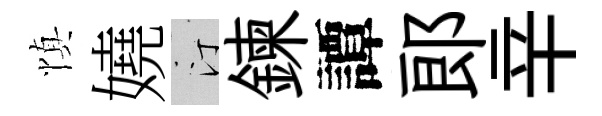
慎嬈汀鍊譚郞辛